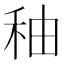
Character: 秞